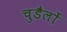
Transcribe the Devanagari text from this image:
चुडैलों